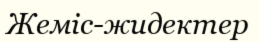
Жеміс-жидектер